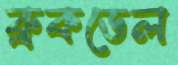
ব্রুকডেল